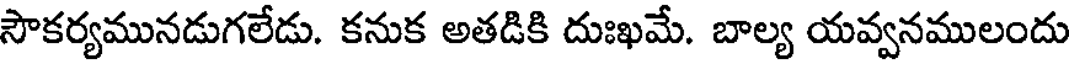
సౌకర్యమునడుగలేడు. కనుక అతడికి దుఃఖమే. బాల్య యవ్వనములందు